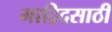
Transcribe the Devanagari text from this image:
माद्रिदसाठी